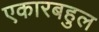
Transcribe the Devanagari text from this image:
एकारबहुल